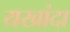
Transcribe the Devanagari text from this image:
यखांदा